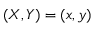
( X , Y ) = ( x , y )